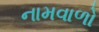
નામવાળો